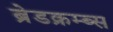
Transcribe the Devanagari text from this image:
ब्रेडक्रम्ब्स